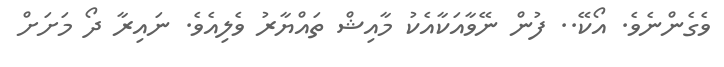
ވެގެންނެވެ. އޯކޭ.. ފުން ނޭވާއަކާއެކު މާއިޝް ތައްޔާރު ވެލިއެވެ. ނައިރާ ދޯ މަށަށް